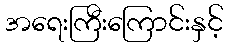
အရေးကြီးကြောင်းနှင့်